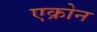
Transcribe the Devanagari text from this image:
एक्रोन